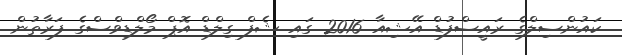
ކައުންސިލްގެ ރައީސްފުޑް އޭޝިއާ 2016 ގައި ޝެފް ގިލްޑް އޮޕް މޯލްޑިވްސްގެ ފަރާތުން